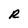
Character: R